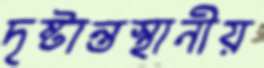
দৃষ্টান্তস্থানীয়